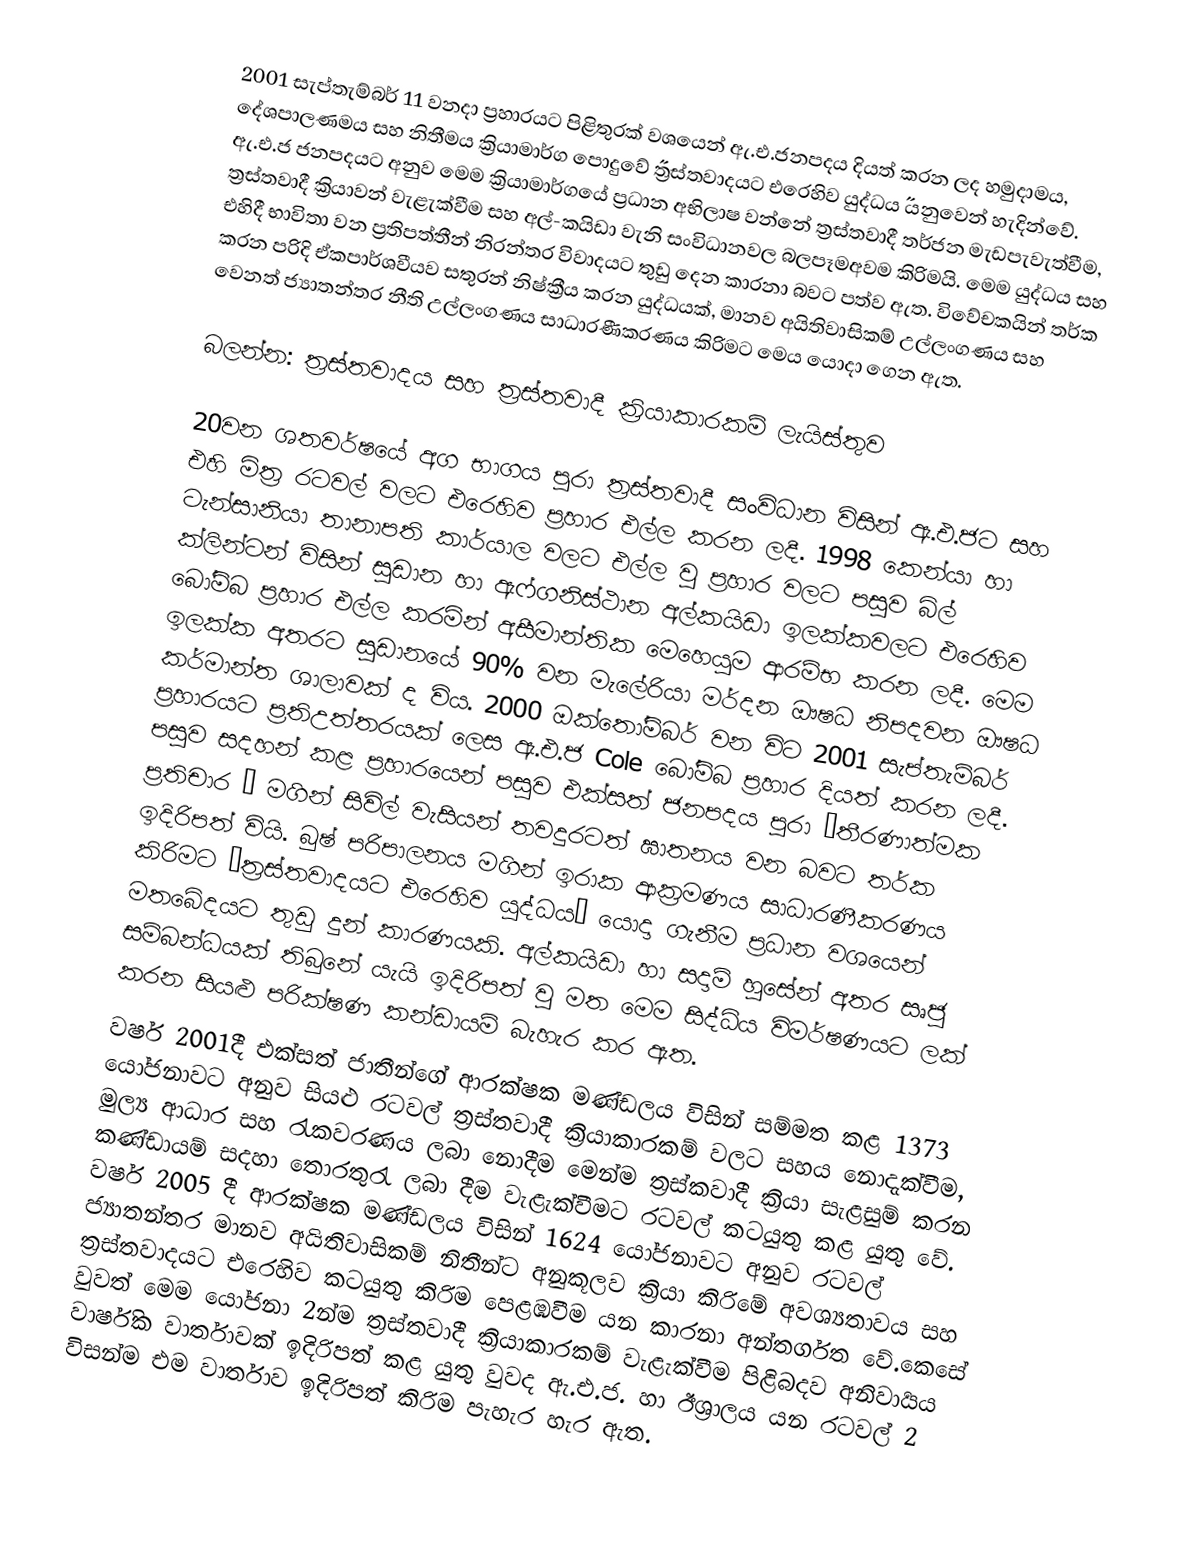
2001 සැප්තැම්බර් 11 වනදා ප්‍රහාරයට පිළිතුරක් වශයෙන් ඇ.එ.ජනපදය දියත් කරන ලද හමුදාමය, දේශපාලණමය සහ නිතීමය ක්‍රියාමාර්ග පොදුවේ ˝ත්‍රස්තවාදයට එරෙහිව යුද්ධය˝ යනුවෙන් හැදින්වේ. ඇ.එ.ජ ජනපදයට අනුව මෙම ක්‍රියාමාර්ගයේ ප්‍රධාන අභිලාෂ වන්නේ ත්‍රස්තවාදී තර්ජන මැඩපැවැත්වීම, ත්‍රස්තවාදී ක්‍රියාවන් වැළැක්වීම සහ අල්-කයිඩා වැනි සංවිධානවල බලපෑමඅවම කිරිමයි. මෙම යුද්ධය සහ එහිදී භාවිතා වන ප්‍රතිපත්තීන් නිරන්තර විවාදයට තුඩු දෙන කාරනා බවට පත්ව ඇත. විවේචකයින් තර්ක කරන පරිදි ඒකපාර්ශවීය‍ව සතුරන් නිෂ්ක්‍රීය කරන යුද්ධයක්, මානව අයිතිවාසිකම් උල්ලංගණය සහ වෙනත් ජ්‍යාතන්තර නීති උල්ලංගණය සාධාරණීකරණය කිරිමට මෙය යොදා ගෙන ඇත.

බලන්න: ත්‍රස්තවාදය සහ ත්‍රස්තවාදී ක්‍රියාකාරකම් ලැයිස්තුව

20වන ශතවර්ෂයේ අග භාගය පුරා ත්‍රස්තවාදී සංවිධාන විසින් ඇ.එ.ජට සහ එහි මිත්‍ර රටවල් වලට එරෙහිව ප්‍රහාර එල්ල කරන ලදී. 1998 කෙන්යා හා ටැන්සානියා තානාපති කාර්යාල වලට එල්ල වු ප්‍රහාර වලට පසුව බිල් ක්ලින්ටන් විසින් සුඩාන හා ඇෆ්ගනිස්ථාන අල්කයිඩා ඉලක්කවලට එරෙහිව බෝම්බ ප්‍රහාර එල්ල කරමින් අසීමාන්තික මෙහෙයුම ආරම්භ කරන ලදී. මෙම ඉලක්ක අතරට සුඩානයේ 90% වන මැලේරියා මර්දන ඖෂධ නිපදවන ඖෂධ කර්මාන්ත ශාලාවක් ද විය. 2000 ඔක්තෝම්බර් වන විට 2001 සැප්තැම්බර් ප්‍රහාරයට ප්‍රතිඋත්තරයක් ලෙස ඇ.එ.ජ   Cole  බෝම්බ ප්‍රහාර දියත් කරන ලදී. පසුව සදහන් කළ ප්‍රහාරයෙන් පසුව එක්සත් ජනපදය පුරා ¨තීරණාත්මක ප්‍රතිචාර ¨ මගින් සිවිල් වැසියන් තවදුරටත් ඝාතනය වන බවට තර්ක ඉදිරිපත් වියි. බුෂ් පරිපාලනය මගින් ඉරාක ආක්‍රමණය සාධාරණීකරණය කිරිමට ¨ත්‍රස්තවාදයට එරෙහිව යුද්ධය¨ යොදා ගැනීම ප්‍රධාන වශයෙන් මතබේදයට තුඩු දුන් කාරණයකි. අල්කයිඩා හා සදාම් හුසේන් අතර සෘජු සම්බන්ධයක් තිබුනේ යැයි ඉදිරිපත් වු මත මෙම සිද්ධිය විමර්ෂණයට  ලක් කරන සියළු පරික්ෂණ කන්ඩායම් බැහැර කර ඇත.
වර්ෂ 2001දී  එක්සත් ජාතීන්ගේ ආරක්ෂක මණ්ඩලය විසින් සම්මත කළ 1373 යෝජනාවට අනුව සියළු රටවල් ත්‍රස්තවාදී ක්‍රියාකාරකම් වලට සහය නොදැක්වීම, මුල්‍ය ආධාර  සහ රැකවරණය   ලබා නොදීම මෙන්ම ත්‍රස්කවාදී ක්‍රියා සැළසුම් කරන කණ්ඩායම් සදහා තොරතුරැ ලබා දීම වැළැක්වීමට රටවල් කටයුතු කළ යුතු වේ. වර්ෂ 2005 දී ආරක්ෂක මණ්ඩලය විසින් 1624 යෝජනාවට අනුව රටවල් ජ්‍යාතන්තර මානව අයිතිවාසිකම් නිතීන්ට අනුකූලව ක්‍රියා කිරිමේ අවශ්‍යතාවය සහ ත්‍රස්තවාදයට එරෙහිව කටයුතු කිරිම පෙළඹවීම යන කාරනා අන්තර්ගත වේ.කෙසේ වුවත් මෙම යෝජනා 2න්ම ත්‍රස්තවාදී ක්‍රියාකාරකම් වැළැක්වීම පිළිබදව අනිවාර්‍යය වාර්ෂික වාර්තාවක් ඉදිරිපත් කළ යුතු වුවද ඇ.එ.ජ. හා  ඊශ්‍රාලය යන රටවල් 2 විසන්ම එම වාර්තාව ඉදිරිපත් කිරිම පැහැර හැර ඇත.